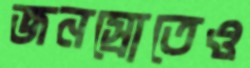
জনস্রোতেও